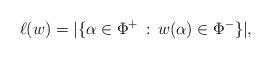
LaTeX: \begin{align*}\ell(w)=|\{\alpha\in\Phi^+\,:\,w(\alpha)\in \Phi^-\}|,\end{align*}